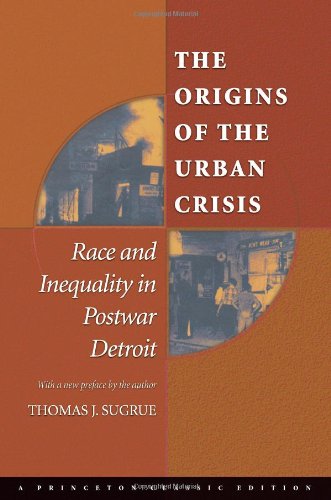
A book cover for The Origins of the Urban Crisis: Race and Inequality in Postwar Detroit (Princeton Studies in American Politics: Historical, International, and Comparative Perspectives); Thomas J. Sugrue; Politics & Social Sciences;